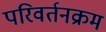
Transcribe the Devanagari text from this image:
परिवर्तनक्रम